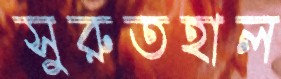
সুরুতহাল